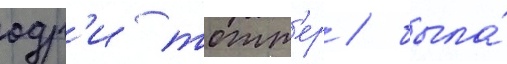
одр'и тотт'ер / была́